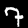
Digit: 7